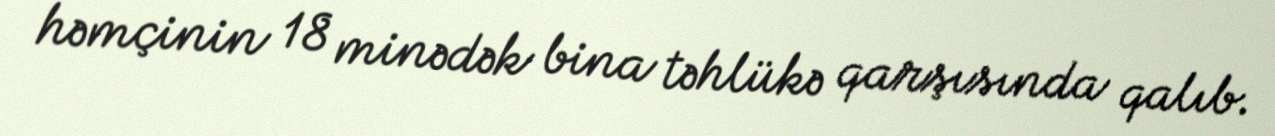
həmçinin 18 minədək bina təhlükə qarşısında qalıb.